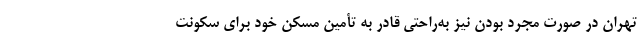
تهران در صورت مجرد بودن نیز به‌راحتی قادر به تأمین مسکن خود برای سکونت